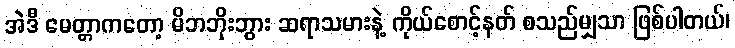
အဲဒီ မေတ္တာကတော့ မိဘဘိုးဘွား ဆရာသမားနဲ့ ကိုယ်စောင့်နတ် စသည်မျှသာ ဖြစ်ပါတယ်၊